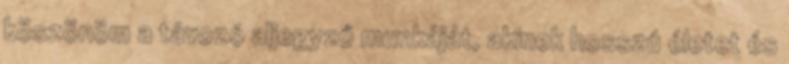
köszönöm a távozó aljegyző munkáját, akinek hosszú életet és